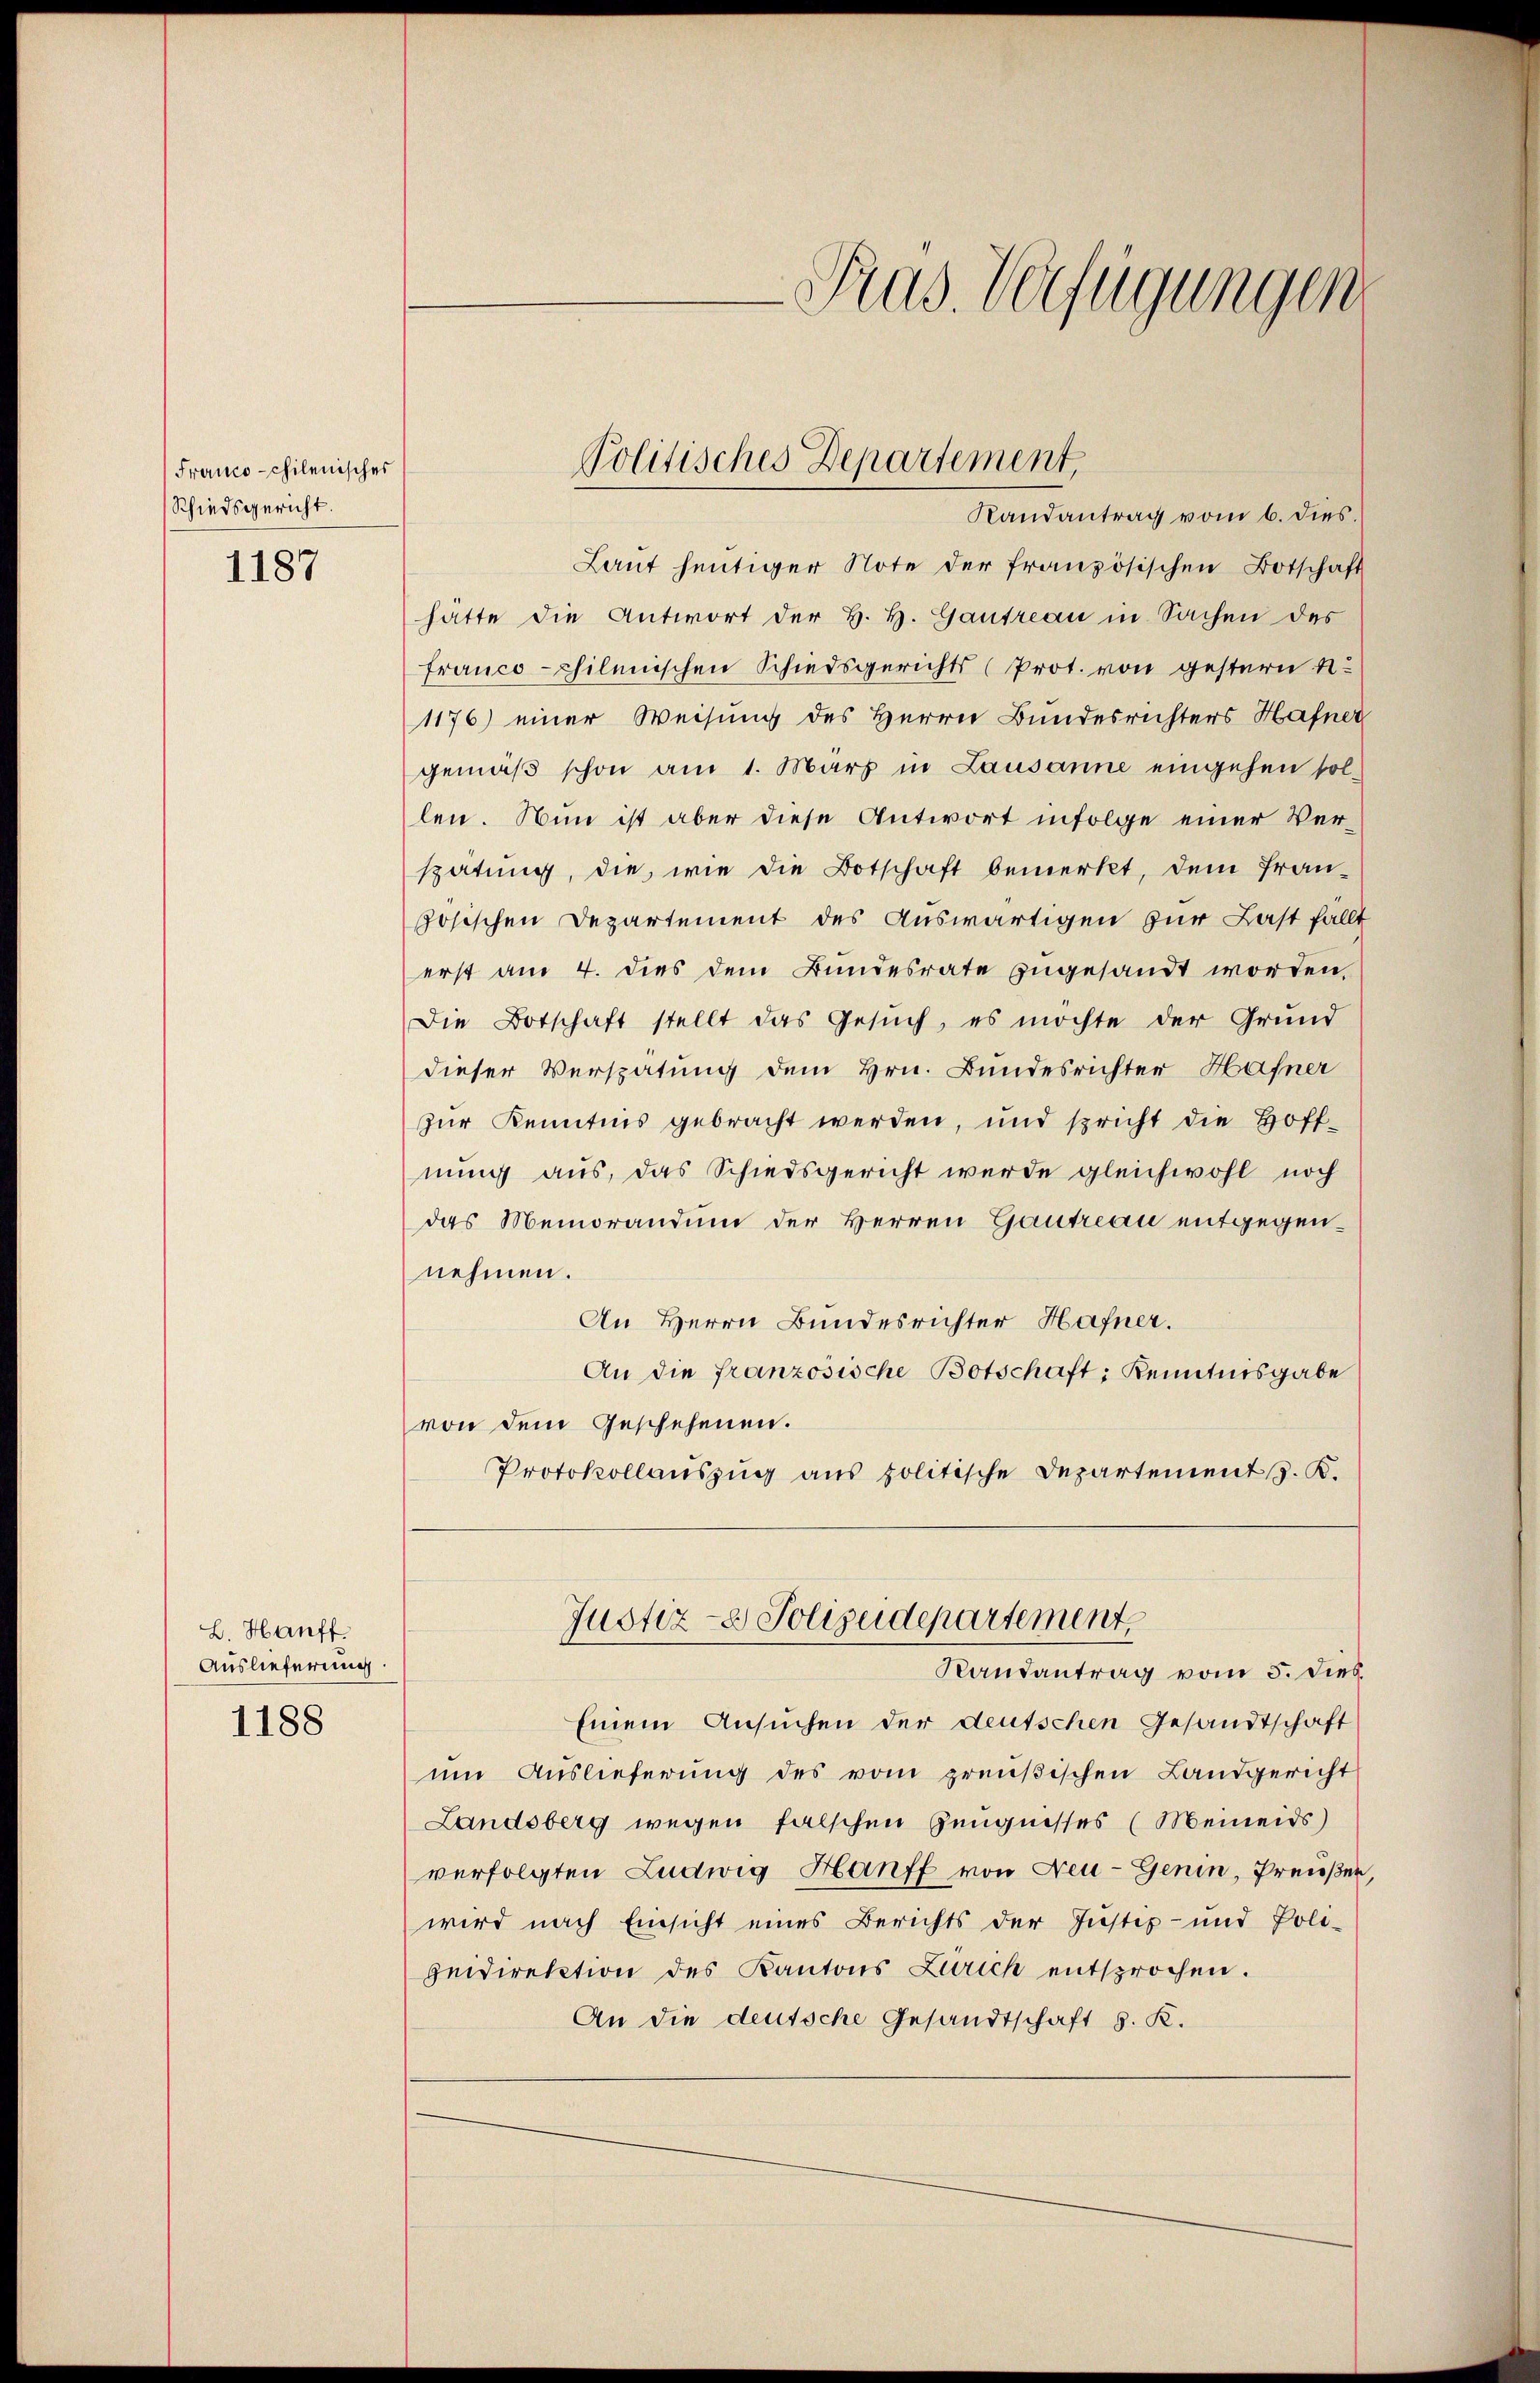
Franco-chilenisches
Schiedsgericht.
1187

B. Hanff.
Auslieferung

1188

Fras. Verfügungen

Laŭt heutiger Note der französischen Botschaft
hätte die Antwort der H. H. Gantreau in Sachen des
franco-chilenischen Schiedsgerichts (Prot. von gestern n
1176) einer Weisung des Herrn Bundesrichters Hafner
gemäß schon am 1. März in Lausanne eingehen sol-
len. Nun ist aber diese Antwort infolge einer Verspätung, die, wie die Botschaft bemerkt, dem fran-
ösischen Departement des Auswärtigen zur Last fällt
erst am 4. dies dem Bundesrate zugesandt worden.
Die Botschaft stellt das Gesŭch, es möchte der Grund
dieser Verspätung dem Hrn. Bundesrichter Hafner
zŭr Kenntnis gebracht werden, und spricht die Hoff-
nung aus, das Schiedsgericht werde gleichwohl noch
das Memorandum der Herren Gautreau entgegennehmen.
An Herrn Bundesrichter Hafner.
An die französische Botschaft, Kenntnisgabe
von dem Geschehenen.
Protokollauszug aus politische Departement S. K.
Justiz- & Polizeidepartement
Randantrag vom 5. dies
Einem Ansuchen der deutschen Gesandtschaft
um Auslieferung des vom preußischen Landgericht
Landsberg wegen falschen Zeugnisses (Meineids)
verfolgten Ludwig Hanff von Feu-Genin, Preißen,
wird nach Einsicht eines Berichts der Justiz- und Poli-
zeidirektion des Kantons Zürich entsprochen.
An die deutsche Gesandtschaft S. K.

Politisches Departement,
Randantrag vom 6. dies.